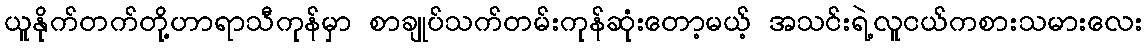
ယူနိုက်တက်တို့ဟာရာသီကုန်မှာ စာချုပ်သက်တမ်းကုန်ဆုံးတော့မယ့် အသင်းရဲ့လူငယ်ကစားသမားလေး